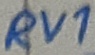
Text: RV1